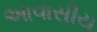
આવાસીય